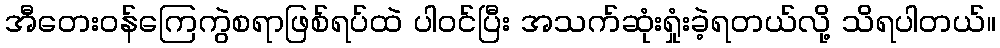
အီတေးဝန်ကြေကွဲစရာဖြစ်ရပ်ထဲ ပါဝင်ပြီး အသက်ဆုံးရှုံးခဲ့ရတယ်လို့ သိရပါတယ်။